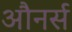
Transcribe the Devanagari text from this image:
औनर्स